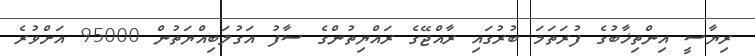
ރިޔާސީ އިންތިޚާބުގެ ފުރަތަމަ ބުރުގައި ރާއްޖޭގެ ރައްޔިތުންގެ ސާފު އަގުލަބިއްޔަތުން 95000 އަށްވުރެ